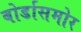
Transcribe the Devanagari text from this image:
बोर्डासमोर